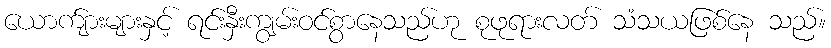
ယောက်ျားများနှင့် ရင်းနှီးကျွမ်းဝင်စွာနေသည်ဟု စုဖုရားလတ် သံသယဖြစ်နေ သည်။